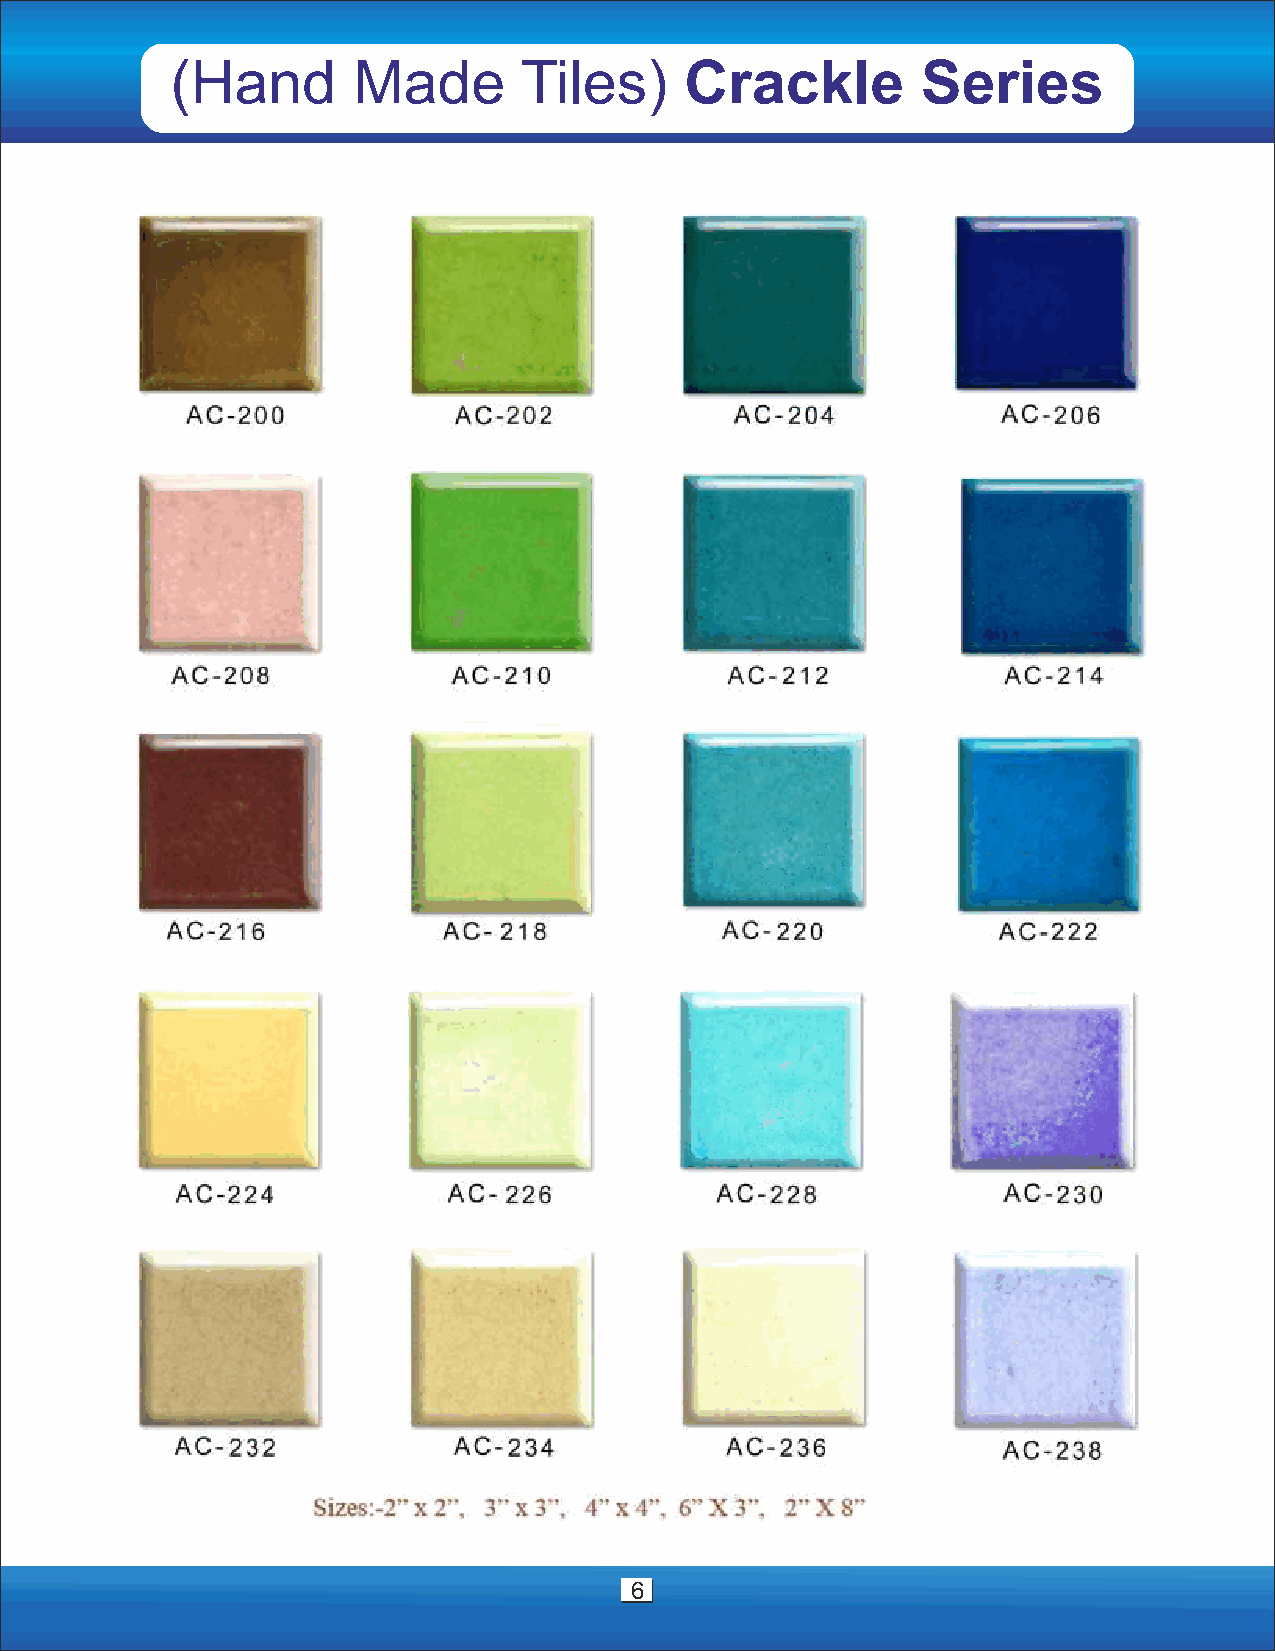
(Hand       Made       Tiles)     Crackle         Series
 6